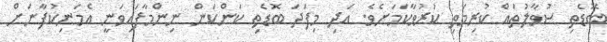
ބޮޑެތި ސުވާލުތައް ކުރިމަތި ކުރުވާކަމަށެވެ. އަދި މިފަދަ ބޮޑެތި ކަންކަން ނިންމާފައިވަނީ އެމަނިކުފާނަށް